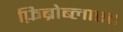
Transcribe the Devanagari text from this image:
फ़िब्रोब्लास्ट